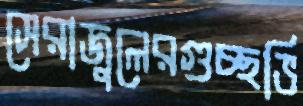
সেরাজুলেরগুচ্ছভি